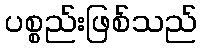
ပစ္စည်းဖြစ်သည်